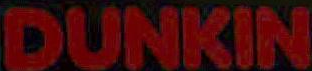
DUNKIN